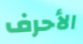
الأحرف